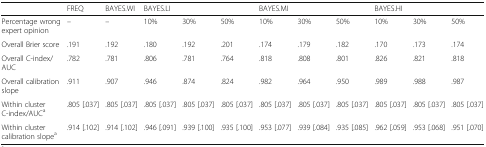
<table><thead><tr><td></td><td><b>FREQ</b></td><td><b>BAYES.WI</b></td><td colspan="3"><b>BAYES.LI</b></td><td colspan="3"><b>BAYES.MI</b></td><td colspan="3"><b>BAYES.HI</b></td></tr></thead><tbody><tr><td>Percentage wrong expert opinion</td><td>–</td><td>–</td><td>10%</td><td>30%</td><td>50%</td><td>10%</td><td>30%</td><td>50%</td><td>10%</td><td>30%</td><td>50%</td></tr><tr><td>Overall Brier score</td><td>.191</td><td>.192</td><td>.180</td><td>.192</td><td>.201</td><td>.174</td><td>.179</td><td>.182</td><td>.170</td><td>.173</td><td>.174</td></tr><tr><td>Overall C-index/AUC</td><td>.782</td><td>.781</td><td>.806</td><td>.781</td><td>.764</td><td>.818</td><td>.808</td><td>.801</td><td>.826</td><td>.821</td><td>.818</td></tr><tr><td>Overall calibration slope</td><td>.911</td><td>.907</td><td>.946</td><td>.874</td><td>.824</td><td>.982</td><td>.964</td><td>.950</td><td>.989</td><td>.988</td><td>.987</td></tr><tr><td>Within cluster C-index/AUC<sup>a</sup></td><td>.805 [.037]</td><td>.805 [.037]</td><td>.805 [.037]</td><td>.805 [.037]</td><td>.805 [.037]</td><td>.805 [.037]</td><td>.805 [.037]</td><td>.805 [.037]</td><td>.805 [.037]</td><td>.805 [.037]</td><td>.805 [.037]</td></tr><tr><td>Within cluster calibration slope<sup>a</sup></td><td>.914 [.102]</td><td>.914 [.102]</td><td>.946 [.091]</td><td>.939 [.100]</td><td>.935 [.100]</td><td>.953 [.077]</td><td>.939 [.084]</td><td>.935 [.085]</td><td>.962 [.059]</td><td>.953 [.068]</td><td>.951 [.070]</td></tr></tbody></table>